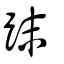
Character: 跊